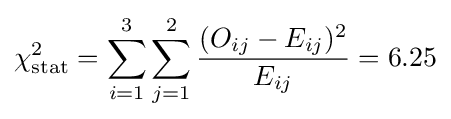
\chi _{\text{stat}}^{2}=\sum _{i=1}^{3}\sum _{j=1}^{2}{\frac {(O_{ij}-E_{ij})^{2}}{E_{ij}}}=6.25